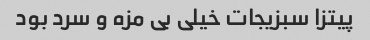
پیتزا سبزیجات خیلی بی مزه و سرد بود